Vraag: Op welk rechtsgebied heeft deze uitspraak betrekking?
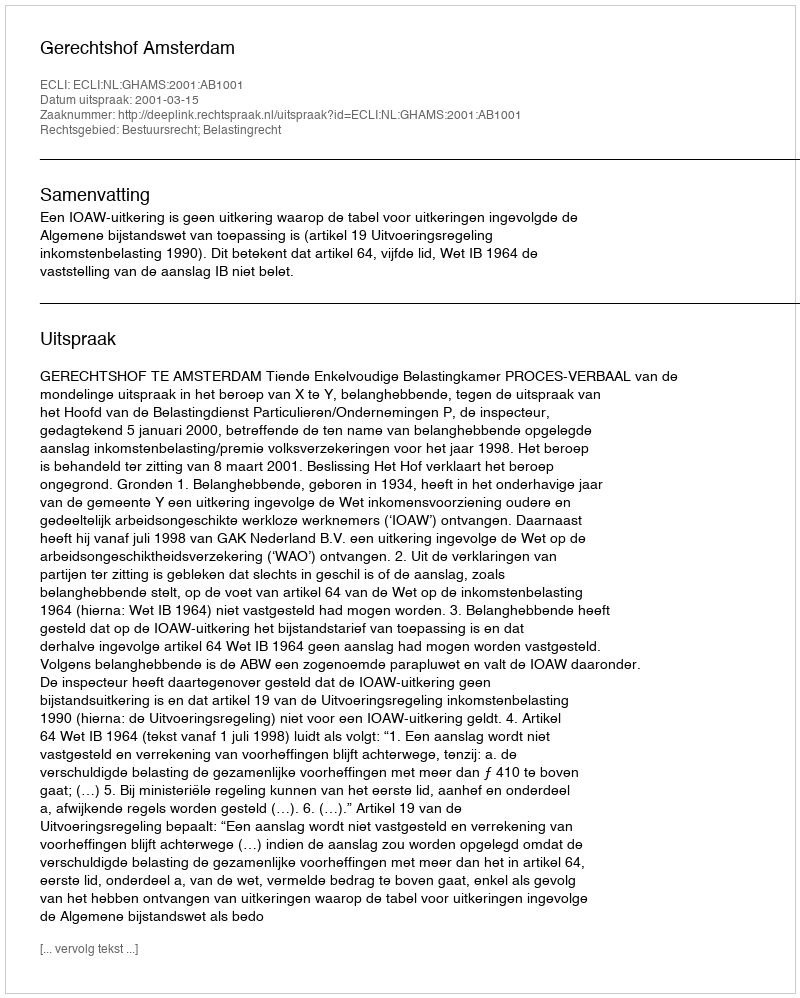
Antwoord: Bestuursrecht; Belastingrecht